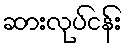
ဆားလုပ်ငန်း